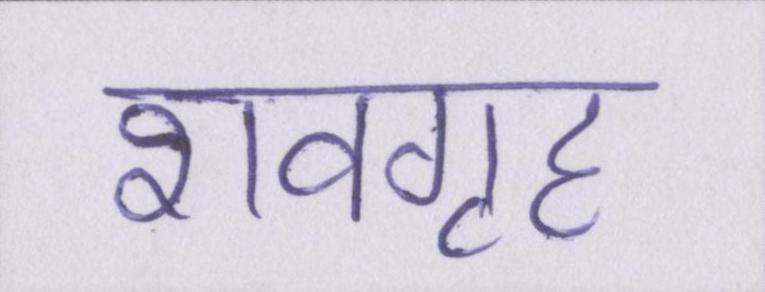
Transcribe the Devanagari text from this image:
शवगृह